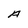
Character: A